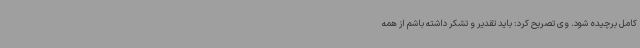
کامل برچیده شود. وی تصریح کرد: باید تقدیر و تشکر داشته باشم از همه